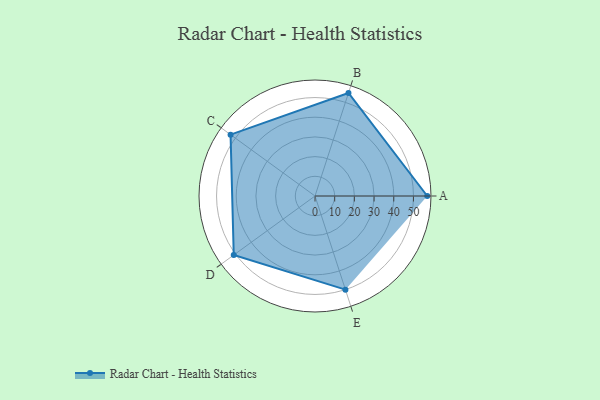
{"axis": {"x": "Skill", "y": "Score"}, "legend": ["Profile"], "data": [{"x": "A", "y": 57.0, "type": "Profile"}, {"x": "B", "y": 55.0, "type": "Profile"}, {"x": "C", "y": 53.0, "type": "Profile"}, {"x": "D", "y": 51.0, "type": "Profile"}, {"x": "E", "y": 50.0, "type": "Profile"}]}